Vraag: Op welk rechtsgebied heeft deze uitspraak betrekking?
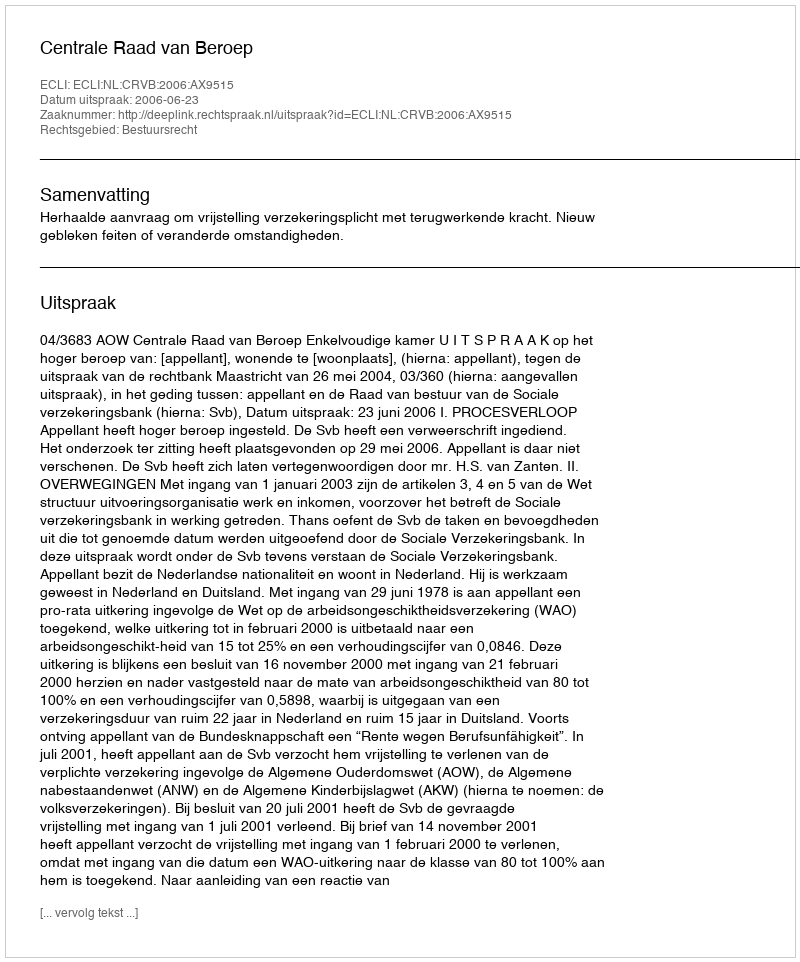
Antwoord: Bestuursrecht